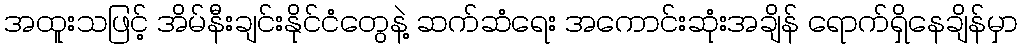
အထူးသဖြင့် အိမ်နီးချင်းနိုင်ငံတွေနဲ့ ဆက်ဆံရေး အကောင်းဆုံးအချိန် ရောက်ရှိနေချိန်မှာ